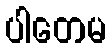
ပါတေမ